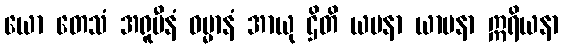
ယော တေသံ အရူပီနံ ဓမ္မာနံ အာယု ဌိတိ ယပနာ ယာပနာ ဣရိယနာ